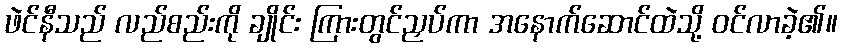
ဖဲင်နီသည် လည်စည်းကို ချိုင်း ကြားတွင်ညှပ်ကာ အနောက်ဆောင်ထဲသို့ ဝင်လာခဲ့၏။